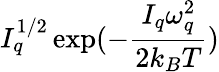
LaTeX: I_{q}^{1/2}\exp(-\frac{I_{q}\omega_{q}^{2}}{2k_{B}T})